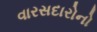
વારસદારોનો